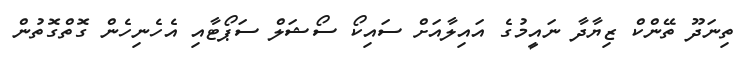
ތިނަދޫ ތޭންކް ޒިޔާދާ ނައީމުގެ އައިލާއަށް ސައިކޯ ސޯޝަލް ސަޕޯޓާއި އެހެނިހެން ގޮތްގޮތުން